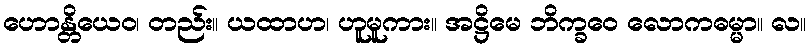
ဟောန္တိယေဝ၊ တည်း။ ယထာဟ၊ ဟူမူကား။ အဋ္ဌိမေ ဘိက္ခဝေ လောကဓမ္မာ။ လ။